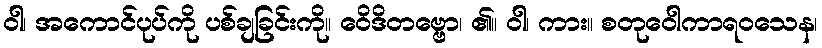
ဝါ၊ အကောင်ပုပ်ကို ပစ်ချခြင်းကို။ ဝေိဒိတဗ္ဗော၊ ၏။ ဝါ၊ ကား။ စတုဝေါကာရဝသေန၊